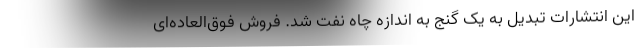
این انتشارات تبدیل به یک گنج به اندازه چاه نفت شد. فروش فوق‌العاده‌ای